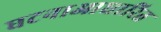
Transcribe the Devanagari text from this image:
घटनाआधारित